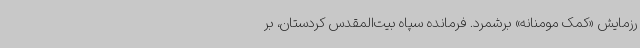
رزمایش «کمک مومنانه» برشمرد. فرمانده سپاه بیت‌المقدس کردستان، بر